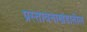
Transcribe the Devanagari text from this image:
प्रस्तावनाखंडातील